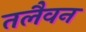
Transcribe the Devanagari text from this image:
तलैवन